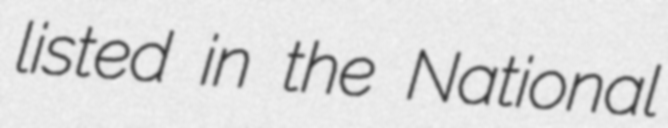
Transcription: listed in the National